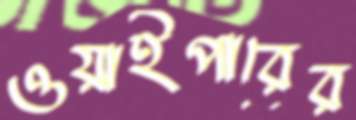
ওয়াইপারের